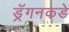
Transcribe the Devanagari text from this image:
ड्रॅगनकडे